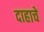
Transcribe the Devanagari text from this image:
दाहाचे